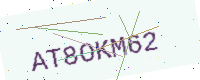
Text: AT8OKM62